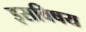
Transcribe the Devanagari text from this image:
इसविषय